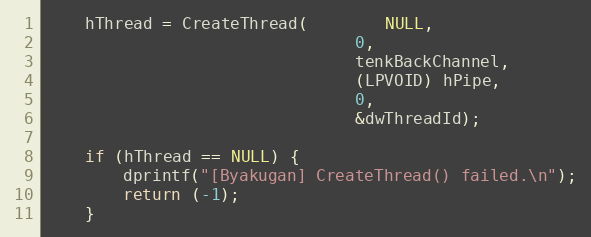
Language: C++
	hThread = CreateThread(		NULL,
								0,
								tenkBackChannel,
								(LPVOID) hPipe,
								0,
								&dwThreadId);

    if (hThread == NULL) {
        dprintf("[Byakugan] CreateThread() failed.\n");
        return (-1);
    }